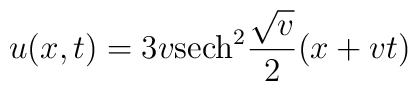
u(x,t) = 3 v {\rm sech}^{2} {\sqrt{v}\over 2} (x + vt)